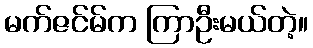
မက်ဇင်မ်က ကြာဦးမယ်တဲ့။